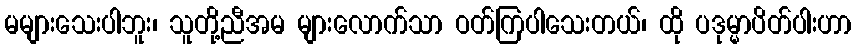
မများသေးပါဘူး၊ သူတို့ညီအမ များလောက်သာ ဝတ်ကြပါသေးတယ်၊ ထို ပဒုမ္မာပိတ်ပါးဟာ